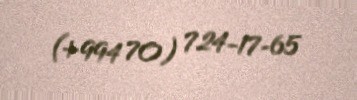
(+994 70) 724-17-65